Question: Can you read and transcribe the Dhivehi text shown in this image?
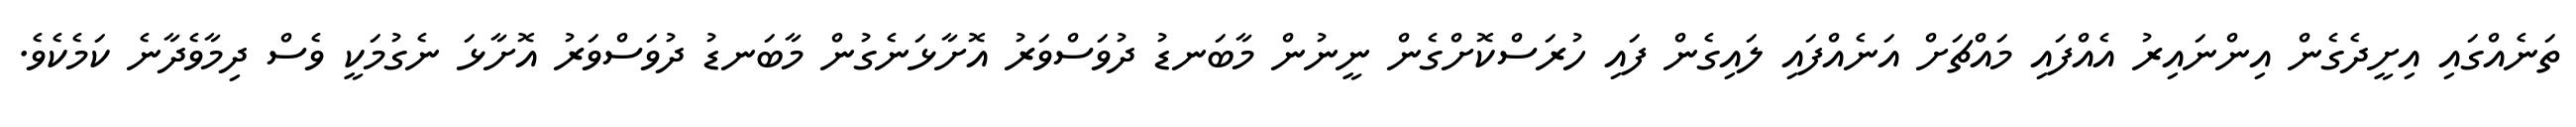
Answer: ތަނެއްގައި އިށީދެގެން އިންނައިރު އެއްފައި މައްޗަށް އަނެއްފައި ލައިގެން ފައި ހުރަސްކޮށްގެން ނީނުން މާބަނޑު ދުވަސްވަރު އޮށާޅަނެގުން މާބަނޑު ދުވަސްވަރު އޮށާޅަ ނެގުމަކީ ވެސް ދިމާވެދާނެ ކަމެކެވެ.